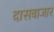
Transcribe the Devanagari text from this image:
दासबाजार